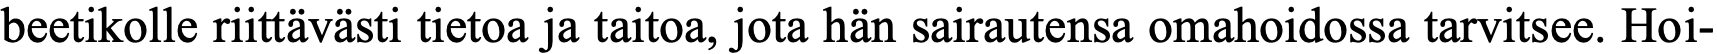
beetikolle riittävästi tietoa ja taitoa, jota hän sairautensa omahoidossa tarvitsee. Hoi-